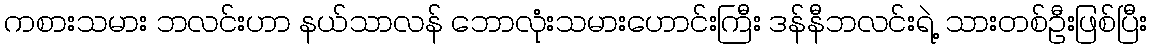
ကစားသမား ဘလင်းဟာ နယ်သာလန် ဘောလုံးသမားဟောင်းကြီး ဒန်နီဘလင်းရဲ့ သားတစ်ဦးဖြစ်ပြီး